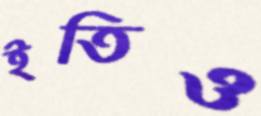
ইতিও